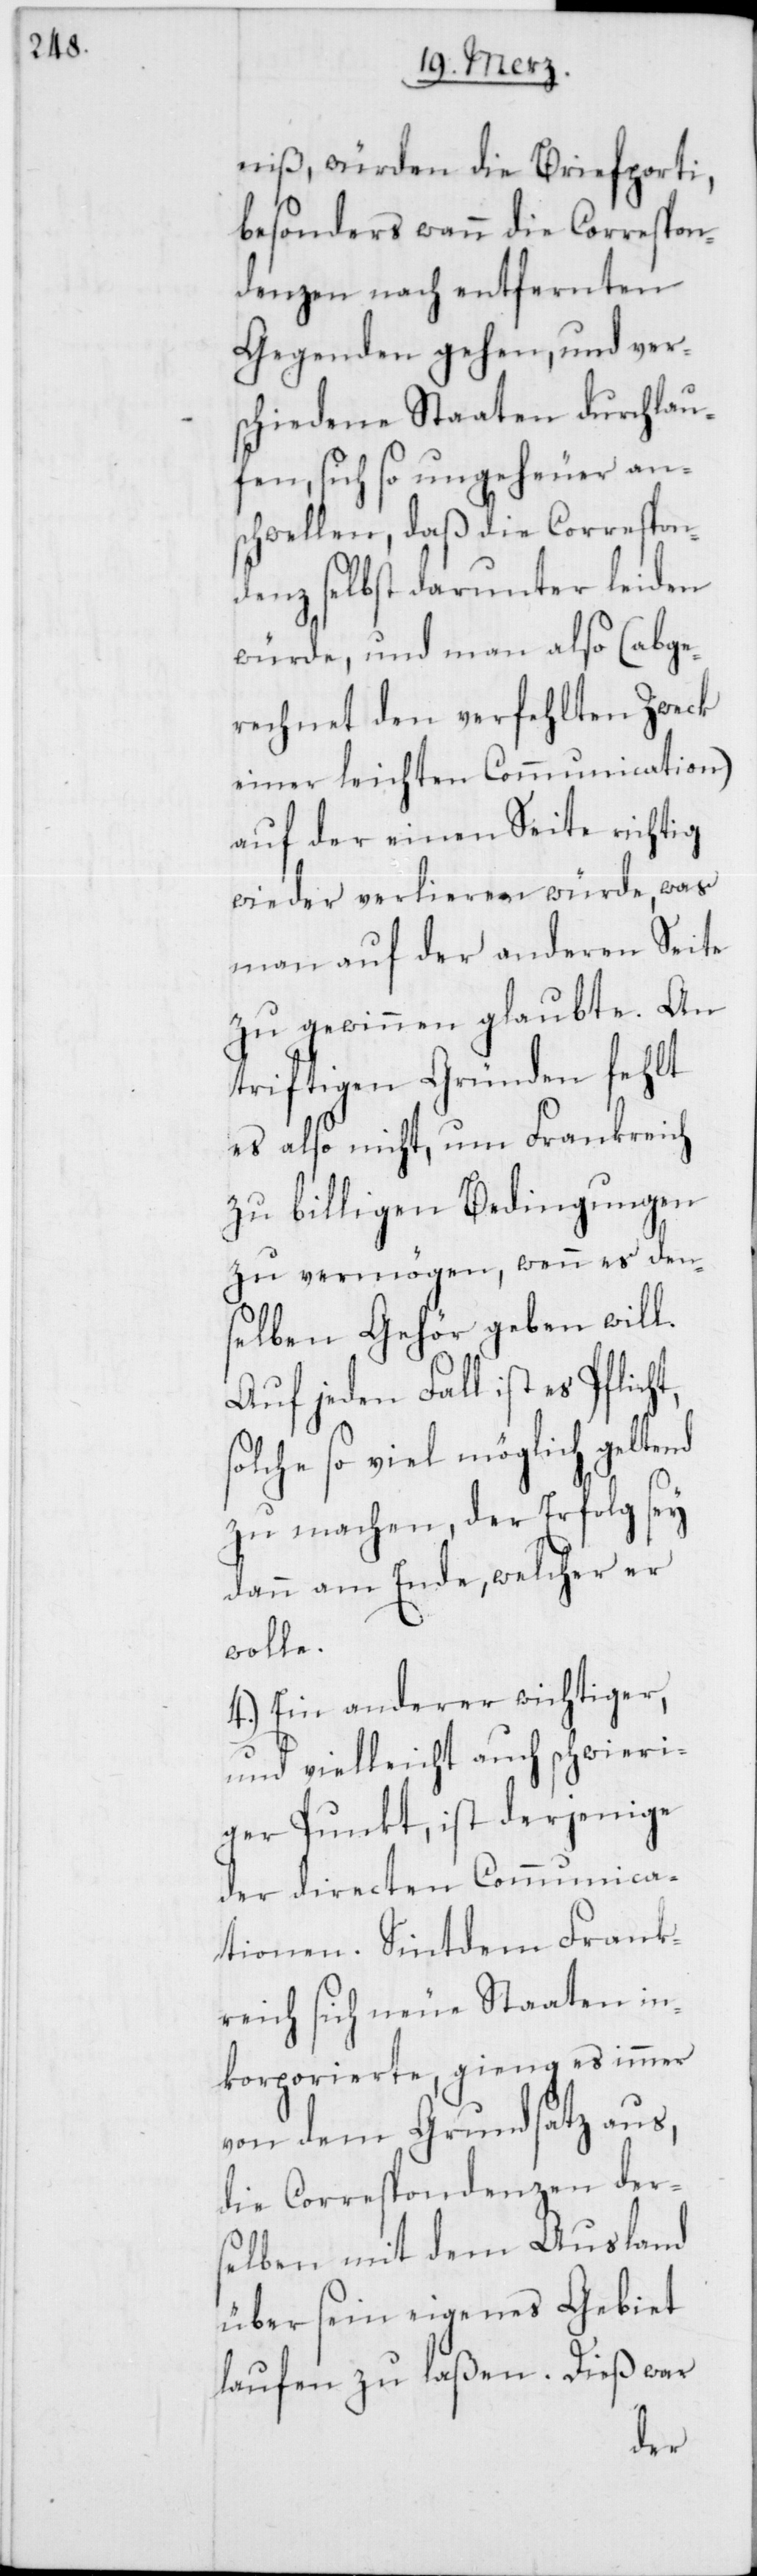
niß, würden die Briefporti,
besonders wann die Correrspon¬
denzen nach entfernten
Gegenden gehen, und ver¬
schiedene Staaten durchlau¬
fen, sich so ungeheuer an¬
schwellen, daß die Correspon¬
denz selbst darunter leiden
würde, und man also (abge¬
rechnet den verfehlten Zweck
einer leichten Communication)
auf der einen Seite richtig
wieder verlieren würde, was
man auf der anderen Seite
zu gewinnen glaubte. An
triftigen Gründen fehlt
es also nicht, um Frankreich
zu billigen Bedingungen
zu vermögen, wenn es den¬
selben Gehör geben will.
Auf jeden Fall ist es Pflicht,
solche so viel möglich geltend
zu machen, der Erfolg sey
dann am Ende, welcher er
wolle.
4.) Ein anderer wichtiger,
und vielleicht auch schwieri¬
ger Punkt, ist derjenige
der directen Communica¬
tionen. Sintdem Frank¬
reich sich neue Staaten in¬
korporierte, gieng es immer
von dem Grundsatz aus,
die Correspondenzen der¬
selben mit dem Ausland
über sein eigenes Gebiet
laufen zu laßen. Dieß war